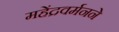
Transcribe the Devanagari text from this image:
महेंद्रवर्मनने